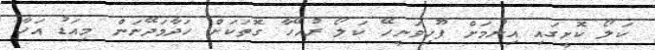
ކަލޯ ކޮށީގައި އިނުމަށް ފޫހިވަނީހޭ ކަލޯ ރުހޭހާ ގޮތަކަށް ހަދާމަދޭނަން މިއަޑު އަހާ